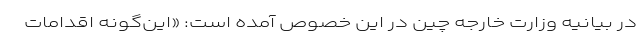
در بیانیه‌ وزارت خارجه چین در این خصوص آمده است: «این‌گونه اقدامات